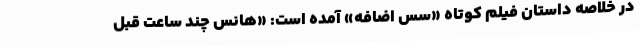
در خلاصه‌ داستان فیلم کوتاه «سس اضافه» آمده است: «هانس چند ساعت قبل